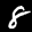
Label: 8